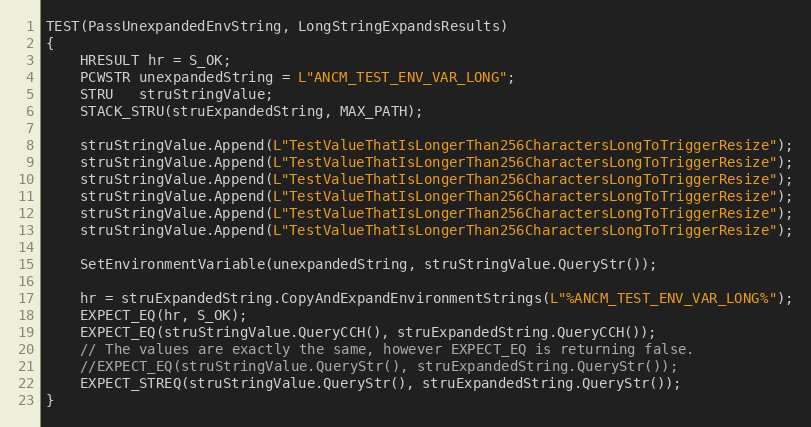
Language: C++
TEST(PassUnexpandedEnvString, LongStringExpandsResults)
{
    HRESULT hr = S_OK;
    PCWSTR unexpandedString = L"ANCM_TEST_ENV_VAR_LONG";
    STRU   struStringValue;
    STACK_STRU(struExpandedString, MAX_PATH);

    struStringValue.Append(L"TestValueThatIsLongerThan256CharactersLongToTriggerResize");
    struStringValue.Append(L"TestValueThatIsLongerThan256CharactersLongToTriggerResize");
    struStringValue.Append(L"TestValueThatIsLongerThan256CharactersLongToTriggerResize");
    struStringValue.Append(L"TestValueThatIsLongerThan256CharactersLongToTriggerResize");
    struStringValue.Append(L"TestValueThatIsLongerThan256CharactersLongToTriggerResize");
    struStringValue.Append(L"TestValueThatIsLongerThan256CharactersLongToTriggerResize");

    SetEnvironmentVariable(unexpandedString, struStringValue.QueryStr());

    hr = struExpandedString.CopyAndExpandEnvironmentStrings(L"%ANCM_TEST_ENV_VAR_LONG%");
    EXPECT_EQ(hr, S_OK);
    EXPECT_EQ(struStringValue.QueryCCH(), struExpandedString.QueryCCH());
    // The values are exactly the same, however EXPECT_EQ is returning false.
    //EXPECT_EQ(struStringValue.QueryStr(), struExpandedString.QueryStr());
    EXPECT_STREQ(struStringValue.QueryStr(), struExpandedString.QueryStr());
}